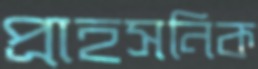
প্রাহসনিক